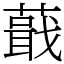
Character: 蕺